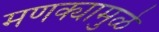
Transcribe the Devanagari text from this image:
मणक्यामुळे